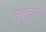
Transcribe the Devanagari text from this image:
सुक्ष्मग्राही